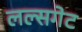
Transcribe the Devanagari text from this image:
लल्सगेट